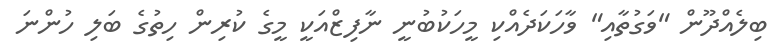
ބިލެއްދޫން "ވަގުތާއި" ވާހަކަދެއްކި މީހަކުބުނީ ނާފިޒްއަކީ މީގެ ކުރިން ހިތުގެ ބަލި ހުންނަ